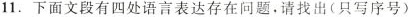
11.下面文段有四处语言表达存在问题，请找出（只写序号）